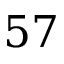
5 7